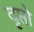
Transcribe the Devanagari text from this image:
दृप्तो